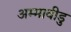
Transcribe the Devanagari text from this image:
अम्मावीडु